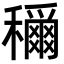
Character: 𫁉